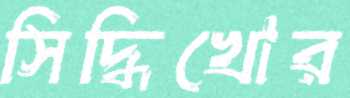
সিদ্ধিখোর